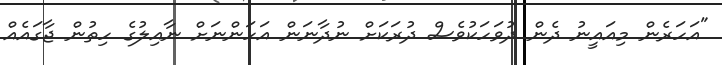
"އަހަރެން މިއައީނު ދެން ދުވަހަކުވެސް ދުރަކަށް ނުދާނަން އަހަންނަށް ނާއިލުގެ ހިތުން ޖާގައެއް